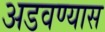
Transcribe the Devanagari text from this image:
अडवण्यास